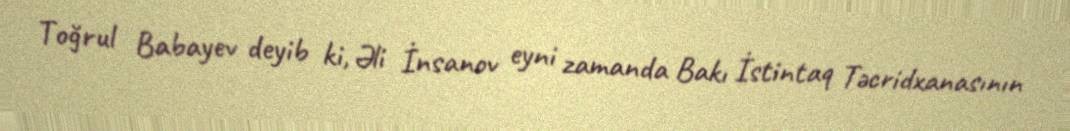
Toğrul Babayev deyib ki, Əli İnsanov eyni zamanda Bakı İstintaq Təcridxanasının